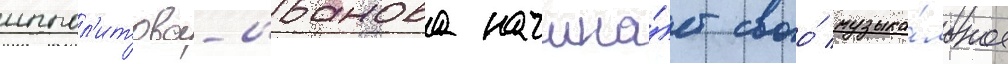
иппол'итова-иванова начина́ет своо́ музыка́льное